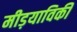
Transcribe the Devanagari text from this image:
मीड़याविकी